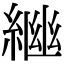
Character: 𦁚